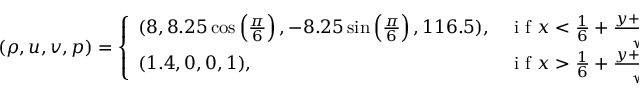
( \rho , u , v , p ) = \left\{ \begin{array} { l l } { ( 8 , 8 . 2 5 \cos \left( \frac { \pi } { 6 } \right) , - 8 . 2 5 \sin \left( \frac { \pi } { 6 } \right) , 1 1 6 . 5 ) , } & { \mathrm { ~ i ~ f ~ } x < \frac { 1 } { 6 } + \frac { y + 2 0 t } { \sqrt { 3 } } } \\ { ( 1 . 4 , 0 , 0 , 1 ) , } & { \mathrm { ~ i ~ f ~ } x > \frac { 1 } { 6 } + \frac { y + 2 0 t } { \sqrt { 3 } } } \end{array} \right.